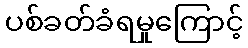
ပစ်ခတ်ခံရမှုကြောင့်